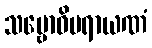
သမ္ဗောဓိပရာယဏံ